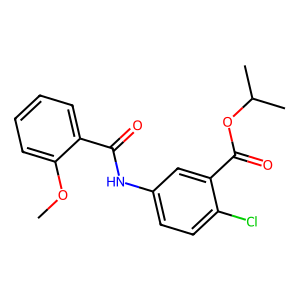
SMILES: COc1ccccc1C(=O)Nc1ccc(Cl)c(C(=O)OC(C)C)c1
Inhibits HIV replication: Yes